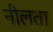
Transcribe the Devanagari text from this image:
नीलता